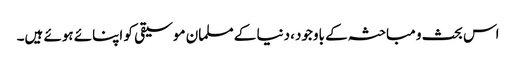
اس بحث و مباحثہ کے باوجود، دنیا کے مسلمان موسیقی کو اپنائے ہوئے ہیں۔